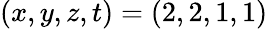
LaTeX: (x,y,z,t)=(2,2,1,1)